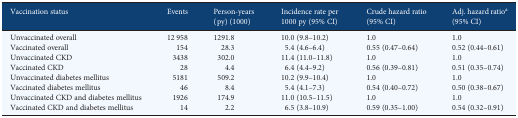
<table><thead><tr><td><b>Vaccination status</b></td><td><b>Events</b></td><td><b>Person-years (py) (1000)</b></td><td><b>Incidence rate per 1000 py (95% CI)</b></td><td><b>Crude hazard ratio (95% CI)</b></td><td><b>Adj. hazard ratio<sup>a</sup> (95% CI)</b></td></tr></thead><tbody><tr><td>Unvaccinated overall</td><td>12 958</td><td>1291.8</td><td>10.0 (9.8–10.2)</td><td>1.0</td><td>1.0</td></tr><tr><td>Vaccinated overall</td><td>154</td><td>28.3</td><td>5.4 (4.6–6.4)</td><td>0.55 (0.47–0.64)</td><td>0.52 (0.44–0.61)</td></tr><tr><td>Unvaccinated CKD</td><td>3438</td><td>302.0</td><td>11.4 (11.0–11.8)</td><td>1.0</td><td>1.0</td></tr><tr><td>Vaccinated CKD</td><td>28</td><td>4.4</td><td>6.4 (4.4–9.2)</td><td>0.56 (0.39–0.81)</td><td>0.51 (0.35–0.74)</td></tr><tr><td>Unvaccinated diabetes mellitus</td><td>5181</td><td>509.2</td><td>10.2 (9.9–10.4)</td><td>1.0</td><td>1.0</td></tr><tr><td>Vaccinated diabetes mellitus</td><td>46</td><td>8.4</td><td>5.4 (4.1–7.3)</td><td>0.54 (0.40–0.72)</td><td>0.50 (0.38–0.67)</td></tr><tr><td>Unvaccinated CKD and diabetes mellitus</td><td>1926</td><td>174.9</td><td>11.0 (10.5–11.5)</td><td>1.0</td><td>1.0</td></tr><tr><td>Vaccinated CKD and diabetes mellitus</td><td>14</td><td>2.2</td><td>6.5 (3.8–10.9)</td><td>0.59 (0.35–1.00)</td><td>0.54 (0.32–0.91)</td></tr></tbody></table>